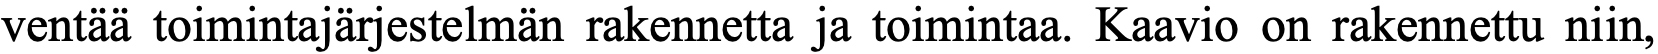
ventää toimintajärjestelmän rakennetta ja toimintaa. Kaavio on rakennettu niin,